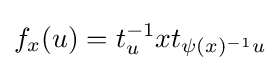
f_{x}(u)=t_{u}^{-1}xt_{\psi (x)^{-1}u}